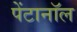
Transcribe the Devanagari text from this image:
पेंटानॉल